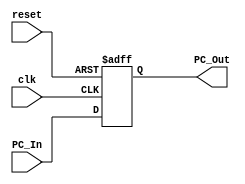
`timescale 1ns / 1ps
//////////////////////////////////////////////////////////////////////////////////
// Company: 
// Engineer: 
// 
// Design Name: 
// Module Name: Program_Counter
// Project Name: 
// Target Devices: 
// Tool Versions: 
// Description: 
// 
// Dependencies: 
// 
// Revision:
// Revision 0.01 - File Created
// Additional Comments:
// 
//////////////////////////////////////////////////////////////////////////////////


module Program_Counter
(
    input clk, reset,          // Clock and reset inputs
    input [63:0] PC_In,        // 64-bit input for the new program counter value
    output reg [63:0] PC_Out   // 64-bit output for the current program counter value
);

    initial
        PC_Out = 64'd0;         // Initialize the program counter to zero

    always @(posedge clk or posedge reset)
    begin
        if (reset)
            PC_Out = 64'd0;     // Reset the program counter to zero when the reset signal is asserted
        else
            PC_Out = PC_In;     // Update the program counter with the new value when a positive clock edge occurs
    end

endmodule